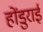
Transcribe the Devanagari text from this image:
होंडुराई